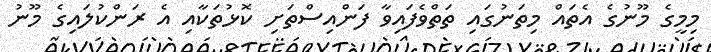
މިމީގެ މޫނުގެ އެތައް މިތަނުގައި ތަތްވެފައިވާ ފަންއިސްތަށި ކޮޅުތަކާއި އެ ރަންކުލައިގެ މޫނު